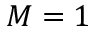
M = 1